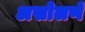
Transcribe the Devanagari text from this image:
असोलणें